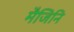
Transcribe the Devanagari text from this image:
मैजिनि